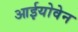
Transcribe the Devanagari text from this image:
आईयोवेन